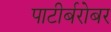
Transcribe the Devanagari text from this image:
पाटीर्बरोबर